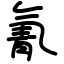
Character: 氰